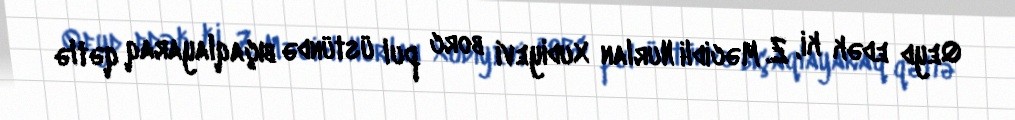
Qeyd edək ki, Z. Məcidli Nurlan Xudiyevi borc pul üstündə bıçaqlayaraq qətlə